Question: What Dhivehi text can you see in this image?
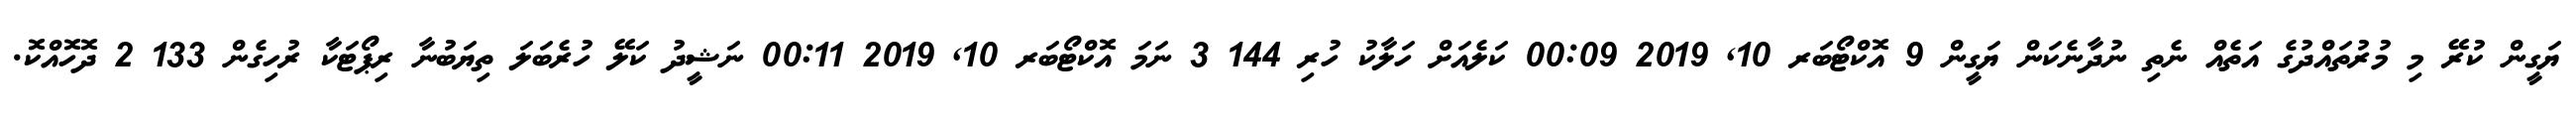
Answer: ޔަގީން ކުރޭ މި މުރުތައްދުގެ އަތެއް ނެތި ނުދާނެކަން ޔަގީން 9 އޮކްޓޯބަރ 10, 2019 00:09 ކަލެއަށް ހަލާކު ހުރި 144 3 ނަމަ އޮކްޓޯބަރ 10, 2019 00:11 ނަޝީދު ކަލޭ ހުރެބަލަ ތިޔަބުނާ ރިޕޯޓަކާ ރުހިގެން 133 2 ދޮހޮއްކޮ.